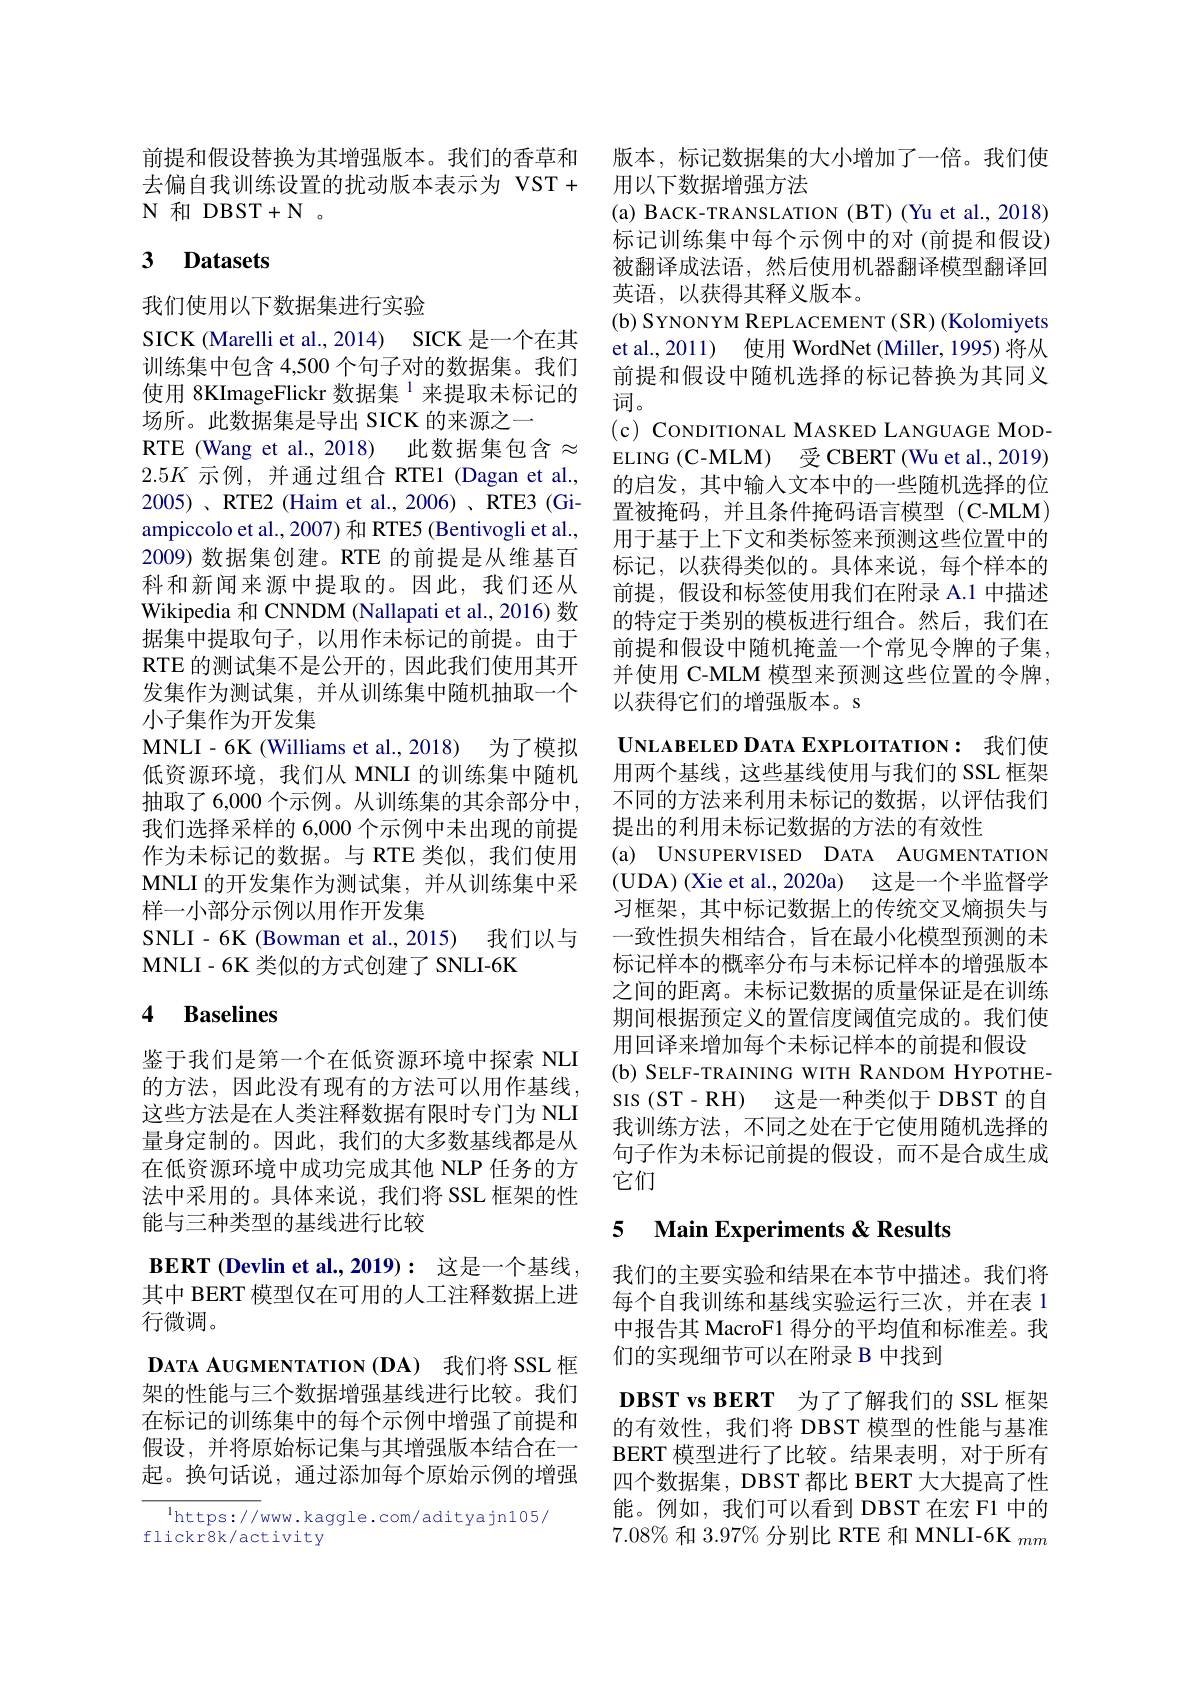
前提和假设替换为其增强版本。我们的香草和 版本，标记数据集的大小增加了一倍。我们使
去偏自我训练设置的扰动版本表示为 VST+ 用以下数据增强方法
$N$和 DBST$+\mathbb{N}$。

## 3 Datasets

我们使用以下数据集进行实验
SICK (Marelli et al., 2014) SICK 是一个在其训练集中包含 4,500 个句子对的数据集。我们使用 8KImageFlickr 数据集$^{1}$来提取未标记的场所。此数据集是导出 SICK 的来源之一
RTE (Wang et al., 2018) 此数据集包含$\approx$ $2.5K$示例，并通过组合 RTE1 (Dagan et al., 2005)、RTE2 (Haim et al., 2006)、RTE3 (Giampiccolo et al., 2007) 和 RTE5 (Bentivogli et al., 2009) 数据集创建。RTE 的前提是从维基百科和新闻来源中提取的。因此，我们还从Wikipedia 和 CNNDM (Nallapati et al., 2016) 数据集中提取句子，以用作未标记的前提。由于RTE 的测试集不是公开的，因此我们使用其开发集作为测试集，并从训练集中随机抽取一个小子集作为开发集
MNLI-6K (Williams et al.,2018) 为了模拟低资源环境，我们从 MNLI 的训练集中随机抽取了 6,000 个示例。从训练集的其余部分中， 我们选择采样的 6,000 个示例中未出现的前提作为未标记的数据。与 RTE 类似，我们使用MNLI 的开发集作为测试集，并从训练集中采样一小部分示例以用作开发集
SNLI-6K (Bowman et al.,2015) 我们以与
MNLI- 6K类似的方式创建了 SNLI-6K

# 4 Baselines

鉴于我们是第一个在低资源环境中探索 NLI 的方法，因此没有现有的方法可以用作基线， 这些方法是在人类注释数据有限时专门为 NLI 量身定制的。因此，我们的大多数基线都是从在低资源环境中成功完成其他 NLP 任务的方法中采用的。具体来说，我们将 SSL 框架的性能与三种类型的基线进行比较

$\textbf{BERT ( Devlin et al. , 2019) : 这 是 一 个 基 线 , }$ 其中 BERT 模型仅在可用的人工注释数据上进行微调。
DATA AUGMENTATION (DA) 我们将 SSL 框架的性能与三个数据增强基线进行比较。我们在标记的训练集中的每个示例中增强了前提和假设，并将原始标记集与其增强版本结合在一起。换句话说，通过添加每个原始示例的增强

$^{\mathrm{l}}$https://www.kaggle.com/adityajn105/
flickr8k/activity

(a) BACK-TRANSLATION (BT) (Yu et al., 2018) 标记训练集中每个示例中的对(前提和假设) 被翻译成法语，然后使用机器翻译模型翻译回英语，以获得其释义版本。
(b) SYNONYM REPLACEMENT (SR) (Kolomiyets et al.,2011) 使用 WordNet (Miller, 1995) 将从前提和假设中随机选择的标记替换为其同义词。
(c) CONDITIONAL MASKED LANGUAGE MODELING (C-MLM) 受 CBERT (Wu et al., 2019) 的启发，其中输入文本中的一些随机选择的位置被掩码，并且条件掩码语言模型(C-MLM) 用于基于上下文和类标签来预测这些位置中的标记，以获得类似的。具体来说，每个样本的前提，假设和标签使用我们在附录 A.1 中描述的特定于类别的模板进行组合。然后，我们在前提和假设中随机掩盖一个常见令牌的子集， 并使用 C-MLM 模型来预测这些位置的令牌， 以获得它们的增强版本。s
$\mathbf{U}_{\mathbf{NLABELEDD}}$ATA EXPLOITATION:我们使用两个基线，这些基线使用与我们的 SSL 框架不同的方法来利用未标记的数据，以评估我们提出的利用未标记数据的方法的有效性
(a) UNSUPERVISED DATA AUGMENTATION (UDA) (Xie et al., 2020a) 这是一个半监督学习框架，其中标记数据上的传统交叉熵损失与一致性损失相结合，旨在最小化模型预测的未标记样本的概率分布与未标记样本的增强版本之间的距离。未标记数据的质量保证是在训练期间根据预定义的置信度阈值完成的。我们使用回译来增加每个未标记样本的前提和假设
(b) SELF-TRAINING WITH RANDOM HYPOTHEsIs (ST-RH) 这是一种类似于 DBST 的自我训练方法，不同之处在于它使用随机选择的句子作为未标记前提的假设，而不是合成生成它们

### 5 Main Experiments &Results

我们的主要实验和结果在本节中描述。我们将每个自我训练和基线实验运行三次，并在表 1中报告其 MacroF1 得分的平均值和标准差。我们的实现细节可以在附录 B 中找到

DBST vs BERT 为了了解我们的 SSL 框架的有效性，我们将 DBST 模型的性能与基准BERT 模型进行了比较。结果表明，对于所有四个数据集，DBST 都比 BERT 大大提高了性能。例如，我们可以看到 DBST 在宏 F1 中的$7.08\%\text{ 和 3.97\% 分别比 RTE 和 MNLI-6K }_{mm}$